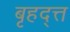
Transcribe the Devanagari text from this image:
बृहद्त्त